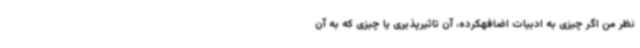
نظر من اگر چیزی به ادبیات اضافهکرده، آن تاثیرپذیری یا چیزی که به آن